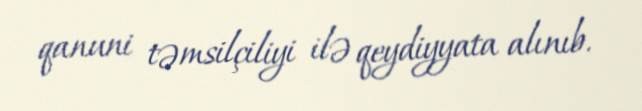
qanuni təmsilçiliyi ilə qeydiyyata alınıb.